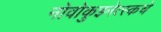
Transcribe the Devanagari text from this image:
नोवोकुझ्नेत्स्कचे